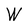
Character: W